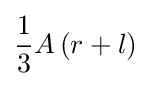
{\frac {1}{3}}A\left(r+l\right)